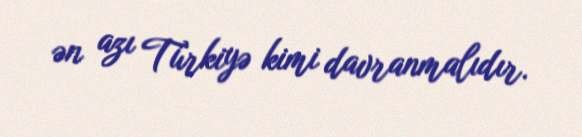
ən azı Türkiyə kimi davranmalıdır.